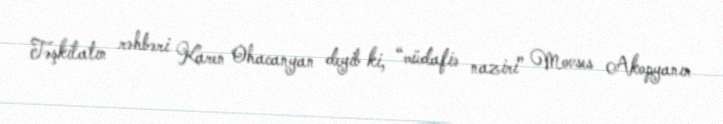
Təşkilatın rəhbəri Karen Ohacanyan deyib ki, “müdafiə naziri” Movses Akopyanın